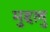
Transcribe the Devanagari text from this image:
मुद्दलु